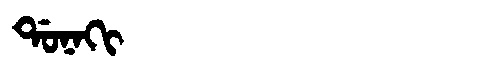
Manchu: ᡩᠣᠨᠠᡴᡳ
Romanization: DONAKI